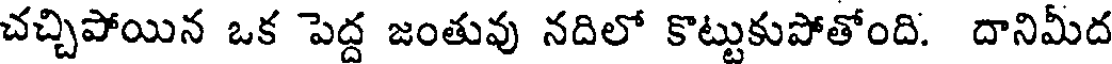
చచ్చిపోయిన ఒక పెద్ద జంతువు నదిలో కొట్టుకుపోతోంది. దానిమీద